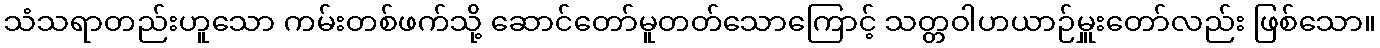
သံသရာတည်းဟူသော ကမ်းတစ်ဖက်သို့ ဆောင်တော်မူတတ်သောကြောင့် သတ္တဝါဟယာဉ်မှူးတော်လည်း ဖြစ်သော။